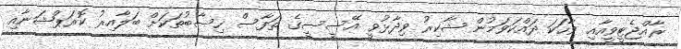
ރާއްޖެޓީވީއާއި ވާހަކަ ދައްކަވަމުން ޝާކިރު ވިދާޅުވީ އޭސީސީގެ ތަފާސް ހިސާބުތަކަށް ބަލާއިރު ކޮރަޕްޝަނާއި